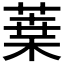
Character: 𦶫